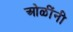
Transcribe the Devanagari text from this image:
ओळींनी